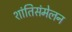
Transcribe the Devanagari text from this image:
शांतिसंमेलन